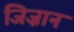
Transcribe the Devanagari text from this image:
जिज़ान